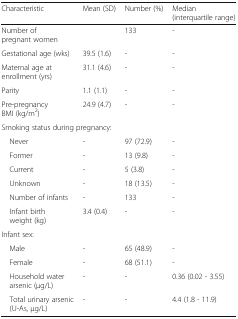
<table><thead><tr><td><b>Characteristic</b></td><td><b>Mean (SD)</b></td><td><b>Number (%)</b></td><td><b>Median (interquartile range)</b></td></tr></thead><tbody><tr><td>Number of pregnant women</td><td>[EMPTY_CELL]</td><td>133</td><td>-</td></tr><tr><td>Gestational age (wks)</td><td>39.5 (1.6)</td><td>-</td><td>-</td></tr><tr><td>Maternal age at enrollment (yrs)</td><td>31.1 (4.6)</td><td>-</td><td>-</td></tr><tr><td>Parity</td><td>1.1 (1.1)</td><td>-</td><td>-</td></tr><tr><td>Pre-pregnancy BMI (kg/m<sup>2</sup>)</td><td>24.9 (4.7)</td><td>-</td><td>-</td></tr><tr><td colspan="4">Smoking status during pregnancy:</td></tr><tr><td> Never</td><td>-</td><td>97 (72.9)</td><td>-</td></tr><tr><td> Former</td><td>-</td><td>13 (9.8)</td><td>-</td></tr><tr><td> Current</td><td>-</td><td>5 (3.8)</td><td>-</td></tr><tr><td> Unknown</td><td>-</td><td>18 (13.5)</td><td>-</td></tr><tr><td> Number of infants</td><td>-</td><td>133</td><td>-</td></tr><tr><td> Infant birth weight (kg)</td><td>3.4 (0.4)</td><td>-</td><td>-</td></tr><tr><td colspan="4">Infant sex:</td></tr><tr><td> Male</td><td>-</td><td>65 (48.9)</td><td>-</td></tr><tr><td> Female</td><td>-</td><td>68 (51.1)</td><td>-</td></tr><tr><td> Household water arsenic (μg/L)</td><td>-</td><td>-</td><td>0.36 (0.02 - 3.55)</td></tr><tr><td> Total urinary arsenic (U-As, μg/L)</td><td>-</td><td>-</td><td>4.4 (1.8 - 11.9)</td></tr></tbody></table>